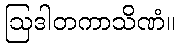
ဩဒါတကာသိဏံ။